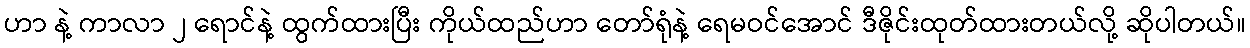
ဟာ နဲ့ ကာလာ ၂ ရောင်နဲ့ ထွက်ထားပြီး ကိုယ်ထည်ဟာ တော်ရုံနဲ့ ရေမဝင်အောင် ဒီဇိုင်းထုတ်ထားတယ်လို့ ဆိုပါတယ်။